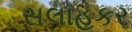
સલાહકર